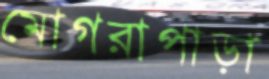
মোগরাপাড়া